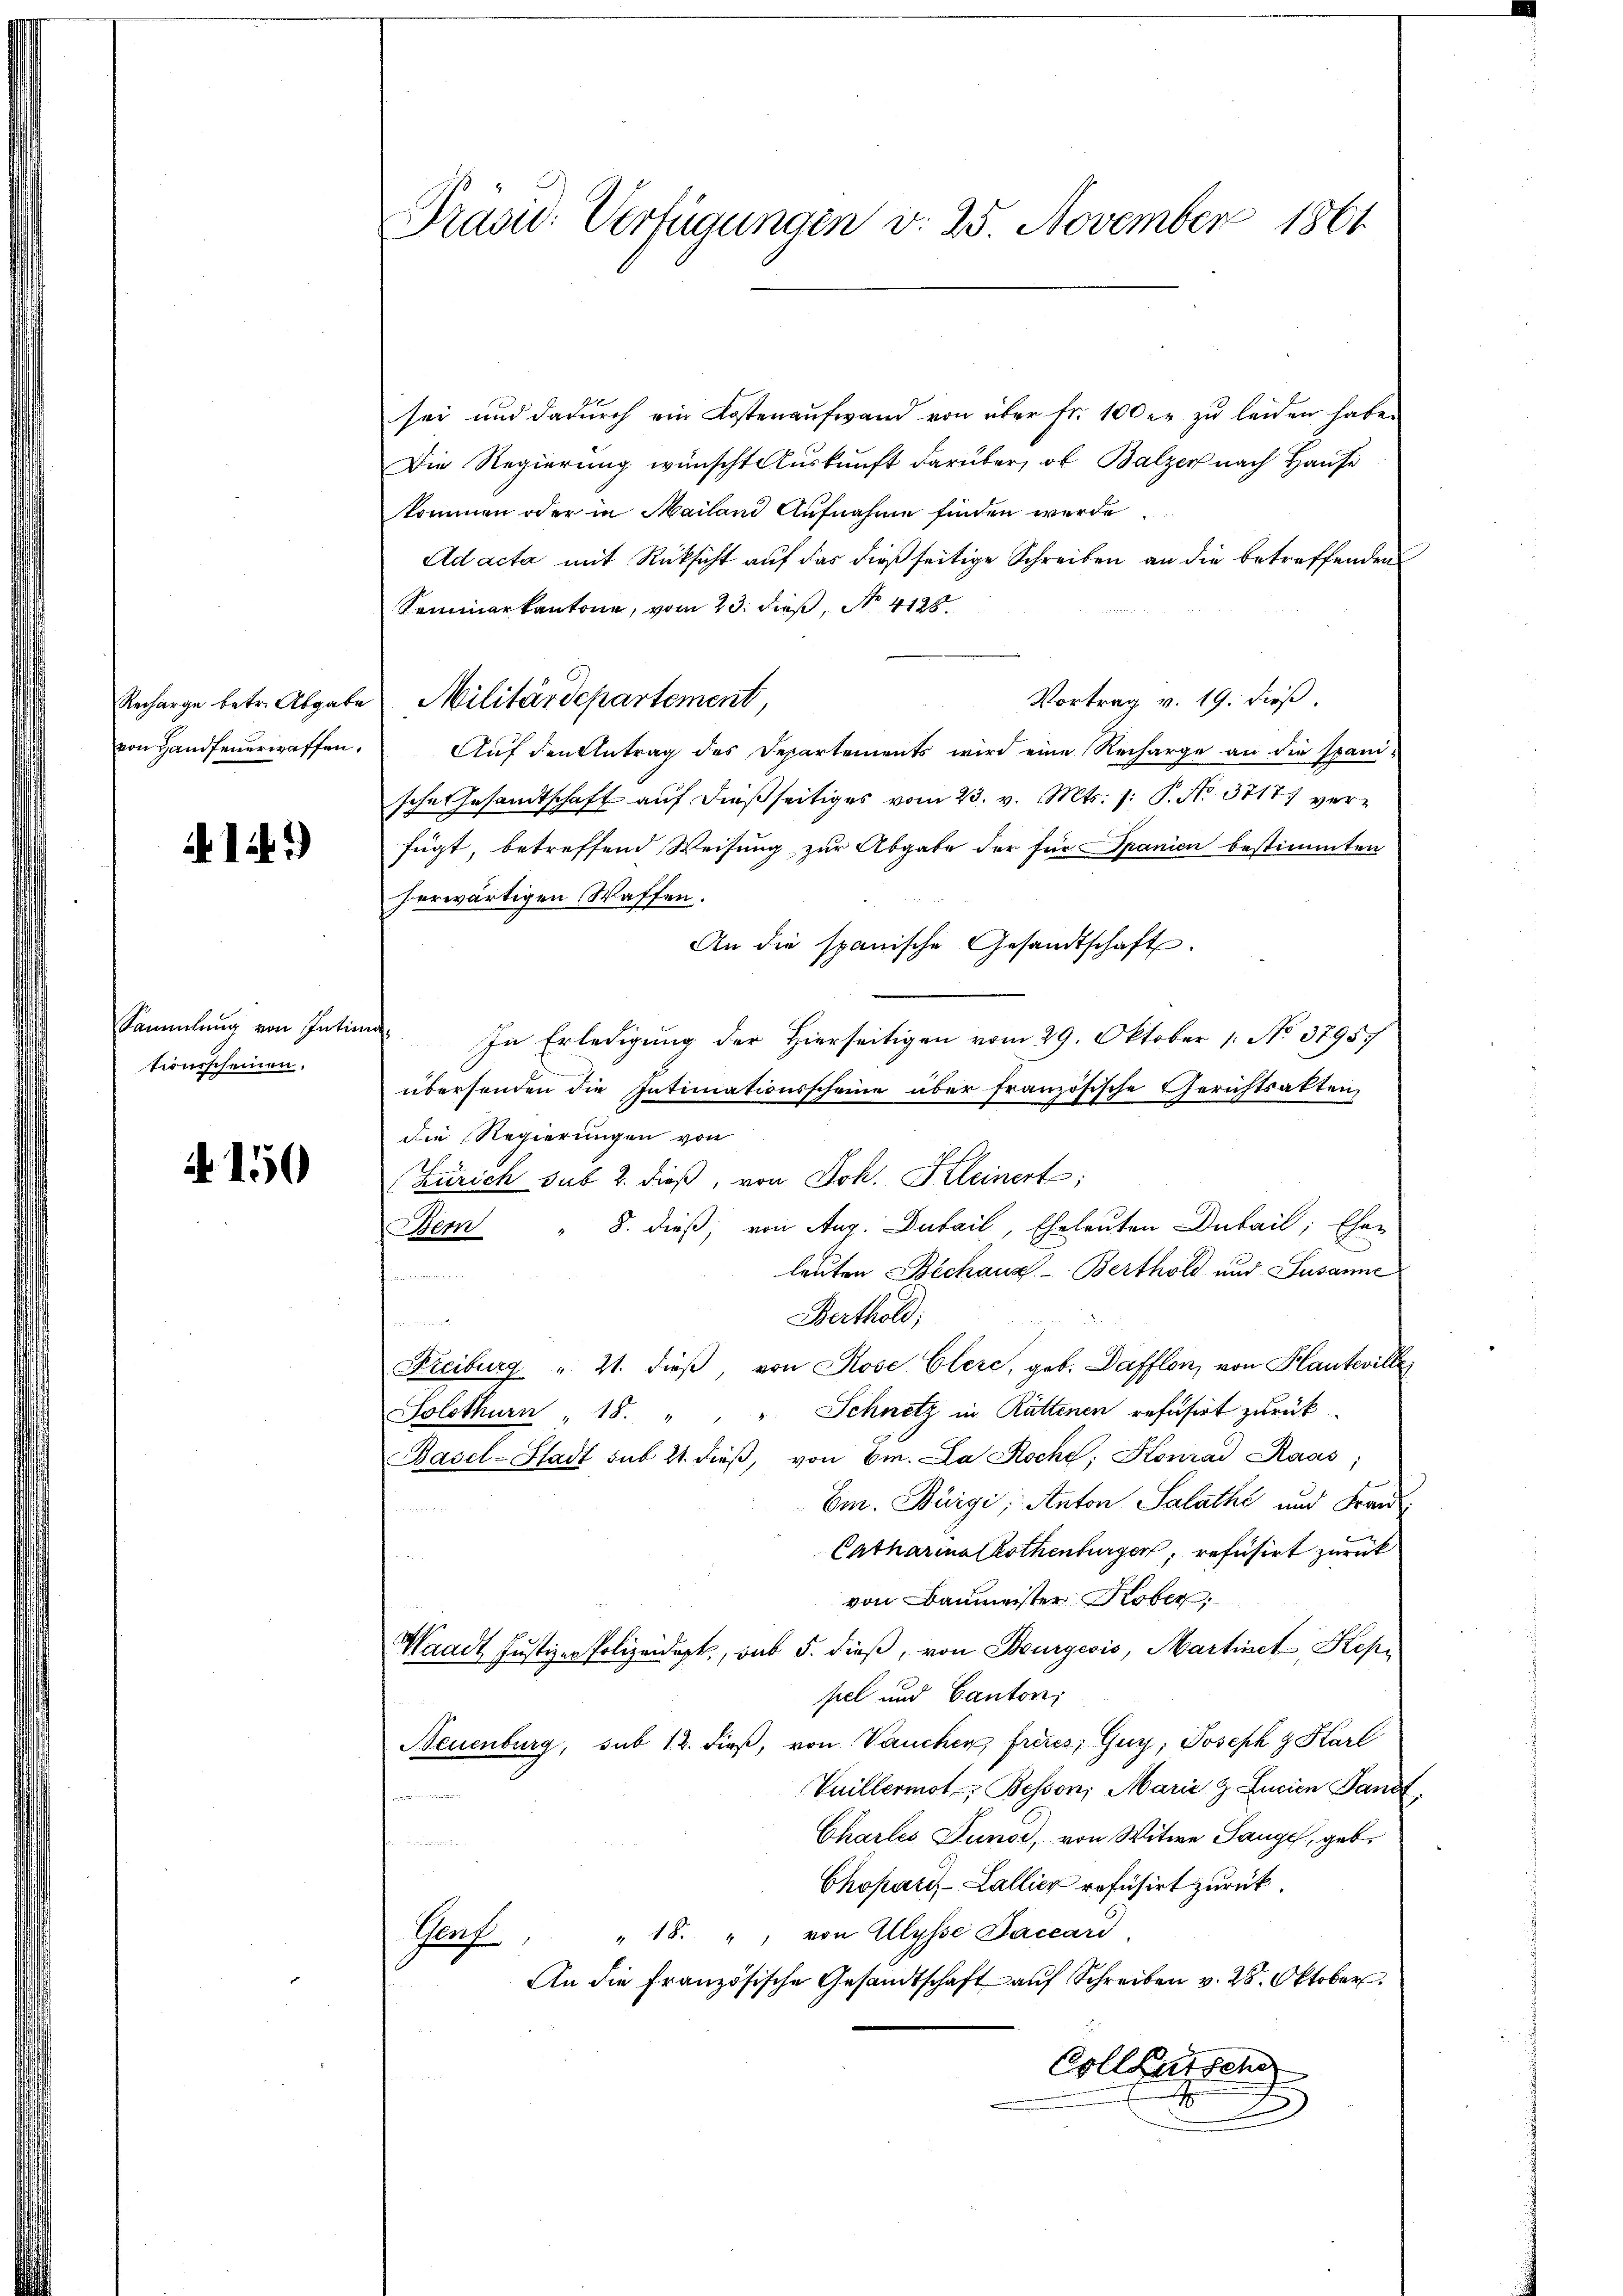
Recharge betr. Abgabe
von Handfeuerwaffen.

.14)

Sammlung von Inti
tionsscheinen.

A 150

Präsid. Verfügungen v. 25. November 1861

sei und dadurch ein Kostenaufwand von über fr. 100 er zu leiden habe.
Die Regierung wünscht Auskunft darüber, ob Balzer nach Hause
kommen oder in Mailand Aufnahme finden wurde
Ad acta mit Rücksicht auf das dießseitige Schreiben an die betreffenden
Seminarkantone, vom 23. dieß, No. 4125.
Vortrag v. 19. dieß.
Militärdepartement,
Auf den Antrag des Departements wird eine Recharge an die spanische Gesandtschaft auf dießseitiges vom 23. v. Mts. 1: P. No. 37171 verfügt, betreffend Weisung zur Abgabe der für Spanien bestimmten
herwärtigen Waffen.
An die spanische Gesandtschaft.
.
In Erledigung der Hierseitigen vom 29. Oktober 1 No 37957
übersenden die Intimationsscheine über französische Gerichtsakten,
die Regierungen von
Zürich sub 2. dieß, von Joh. Kleinert;
Bemn " 8. dieß, von Aug. Dubail, Eheleuten Dubail, Ehen
leuten Bechanz-Berthold und Susanne
Berthold;
n
Freiburg " 21. dieß, von Rose Clere, geb. Dafflon, von Hautwille
Solothurn , 18. " " " Schnetz in Rattenen refusirt zurück-
Basel-Stadt sub 21. dieβ, von 6m. La Roche, Konrad Kaas;
Em. Bürgi, Anton Salathe und Fran¬
Catharina Rothenburger, refusirt zurück
von Baumeister Kober,
Waadt Justiz-Polizeidigt, sub 5. dieß, von Bourgeois, Martinet, Kepi
pel und Canton;
Neuenburg, sub 12. dieß, von Vauchen, freies, Guy, Joseph. J. Karl
Vuillermot, Bessen, Marie z. Lucian Pandt
Chartes Junod, von Witwe Sange, geb.
wind
Chopari, Lallier refusirt zurück
" 18. " von Illysse Daccard.
Prof.
An die Französische Gesandtschaft auf Schreiben v. 28. Oktober
Collasten